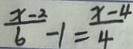
\frac { x - 2 } { 6 } - 1 = \frac { x - 4 } { 4 }